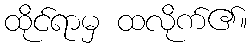
ထိုင်ရာမှ ထလိုက်၏။